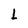
Character: L